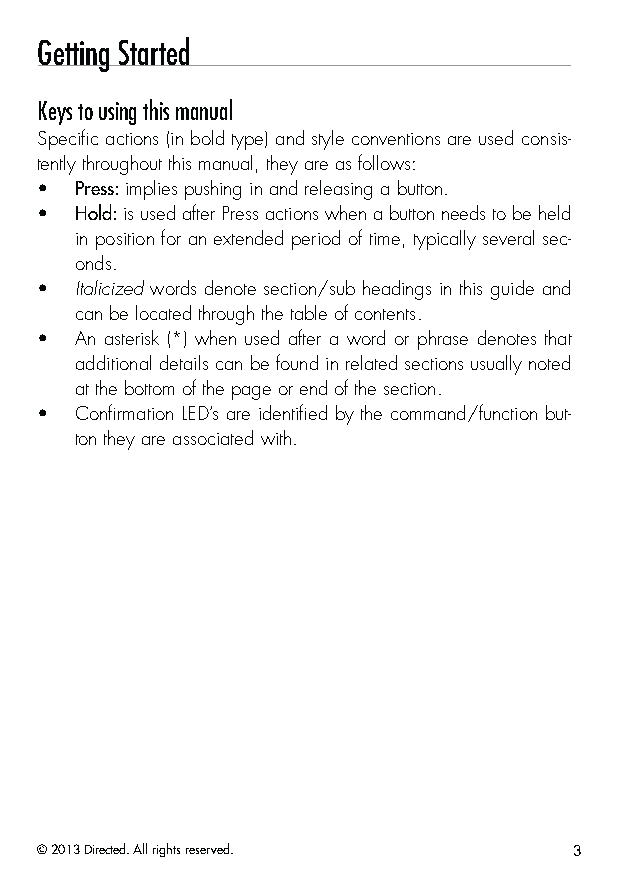
Getting Started
 Keys to using this manual
 Specific actions (in bold type) and style conventions are used consis-
 tently throughout this manual, they are as follows:
 •  Press: implies pushing in and releasing a button.
 •  Hold: is used after Press actions when a button needs to be held
 in position for an extended period of time, typically several sec-
 onds.
 •  Italicized words denote section/sub headings in this guide and
 can be located through the table of contents.
 •  An asterisk (*) when used after a word or phrase denotes that
 additional details can be found in related sections usually noted
 at the bottom of the page or end of the section.
 •  Confirmation LED’s are identified by the command/function but-
 ton they are associated with.
 © 2013 Directed. All rights reserved. 3